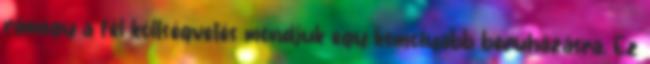
rámegy a fél költségvetés mondjuk egy komolyabb beruházásra. Ez